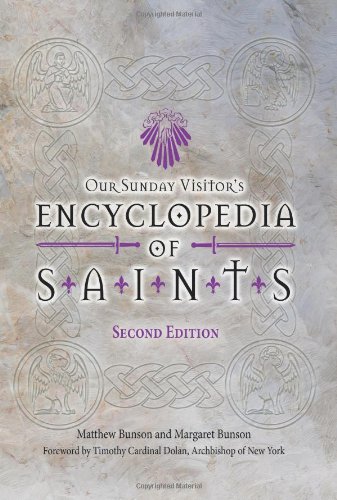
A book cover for Encyclopedia of Saints, Second Edition; Matthew Bunson; Christian Books & Bibles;